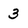
Character: 3